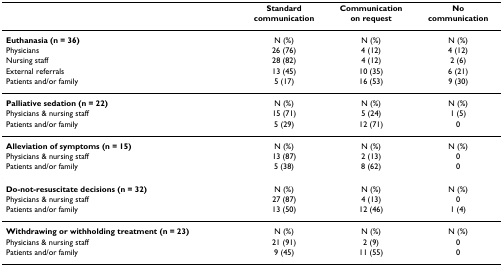
<table><thead><tr><td></td><td><b>Standardcommunication</b></td><td><b>Communicationon request</b></td><td><b>Nocommunication</b></td></tr></thead><tbody><tr><td><b>Euthanasia (n = 36)</b></td><td>N (%)</td><td>N (%)</td><td>N (%)</td></tr><tr><td>Physicians</td><td>26 (76)</td><td>4 (12)</td><td>4 (12)</td></tr><tr><td>Nursing staff</td><td>28 (82)</td><td>4 (12)</td><td>2 (6)</td></tr><tr><td>External referrals</td><td>13 (45)</td><td>10 (35)</td><td>6 (21)</td></tr><tr><td>Patients and/or family</td><td>5 (17)</td><td>16 (53)</td><td>9 (30)</td></tr><tr><td><b>Palliative sedation (n = 22)</b></td><td>N (%)</td><td>N (%)</td><td>N (%)</td></tr><tr><td>Physicians &amp; nursing staff</td><td>15 (71)</td><td>5 (24)</td><td>1 (5)</td></tr><tr><td>Patients and/or family</td><td>5 (29)</td><td>12 (71)</td><td>0</td></tr><tr><td><b>Alleviation of symptoms (n = 15)</b></td><td>N (%)</td><td>N (%)</td><td>N (%)</td></tr><tr><td>Physicians &amp; nursing staff</td><td>13 (87)</td><td>2 (13)</td><td>0</td></tr><tr><td>Patients and/or family</td><td>5 (38)</td><td>8 (62)</td><td>0</td></tr><tr><td><b>Do-not-resuscitate decisions (n = 32)</b></td><td>N (%)</td><td>N (%)</td><td>N (%)</td></tr><tr><td>Physicians &amp; nursing staff</td><td>27 (87)</td><td>4 (13)</td><td>0</td></tr><tr><td>Patients and/or family</td><td>13 (50)</td><td>12 (46)</td><td>1 (4)</td></tr><tr><td><b>Withdrawing or withholding treatment (n = 23)</b></td><td>N (%)</td><td>N (%)</td><td>N (%)</td></tr><tr><td>Physicians &amp; nursing staff</td><td>21 (91)</td><td>2 (9)</td><td>0</td></tr><tr><td>Patients and/or family</td><td>9 (45)</td><td>11 (55)</td><td>0</td></tr></tbody></table>